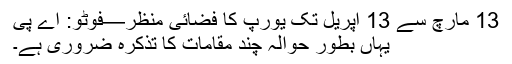
13 مارچ سے 13 اپریل تک یورپ کا فضائی منظر—فوٹو: اے پی
یہاں بطورِ حوالہ چند مقامات کا تذکرہ ضروری ہے۔